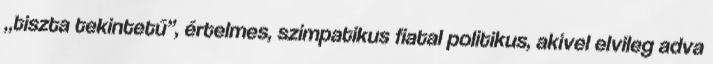
„tiszta te­kin­tetű”, értelmes, szimpatikus fiatal­ politikus, akivel elvileg adva